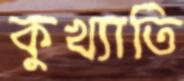
কুখ্যাতি